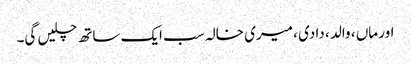
اور ماں ، والد ، دادی ، میری خالہ سب ایک ساتھ چلیں گی۔